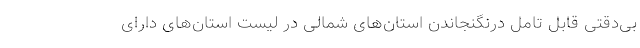
بی‌دقتی قابل تامل درنگنجاندن استان‌های شمالی در لیست استان‌های دارای